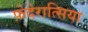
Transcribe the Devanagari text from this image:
फ़ेदेरात्सिया